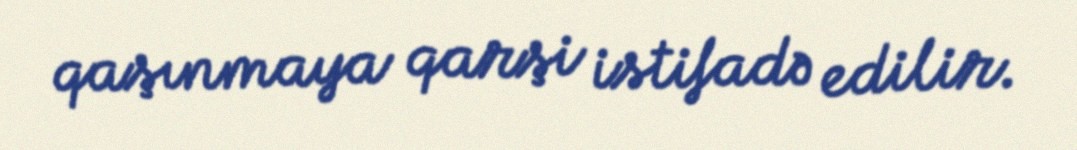
qaşınmaya qarşi istifadə edilir.